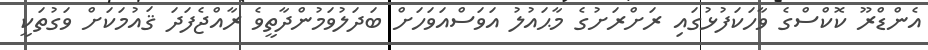
އެންޑްރޫ ކޮކްސްގެ ވާހަކަފުޅުގައި ރަށްރަށުގެ މާޙައުލު އަވަސްއަވަހަށް ބަދަލުވަމުންދާތީވެ ރާއްޖެފަދަ ޤައުމަކަށް ވަގުތަކީ